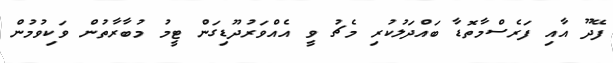
ފޭދޫ އާއި ފަރެސްމާތޮޑާ ބައްދަލުކުރި މެޗު ވީ އެއްވަރުދޫޑިގަން ޓީމު މުބާރާތުން ވަކިވުމުން